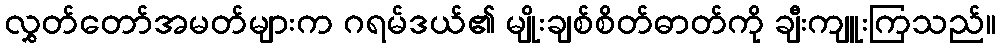
လွှတ်တော်အမတ်များက ဂရမ်ဒယ်၏ မျိုးချစ်စိတ်ဓာတ်ကို ချီးကျူးကြသည်။